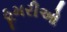
ઠૂમરીઓ